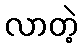
လာတဲ့